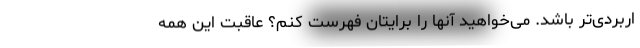
اربردی‌تر باشد. می‌خواهید آنها را برایتان فهرست کنم؟ عاقبت این همه